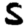
Digit: 5